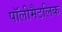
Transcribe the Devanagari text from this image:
पॉलीमैटलिक